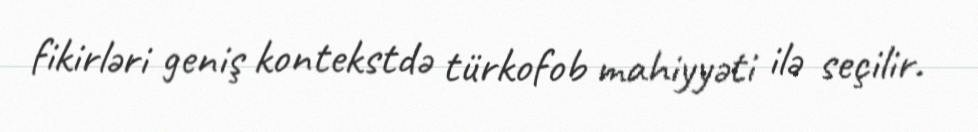
fikirləri geniş kontekstdə türkofob mahiyyəti ilə seçilir.